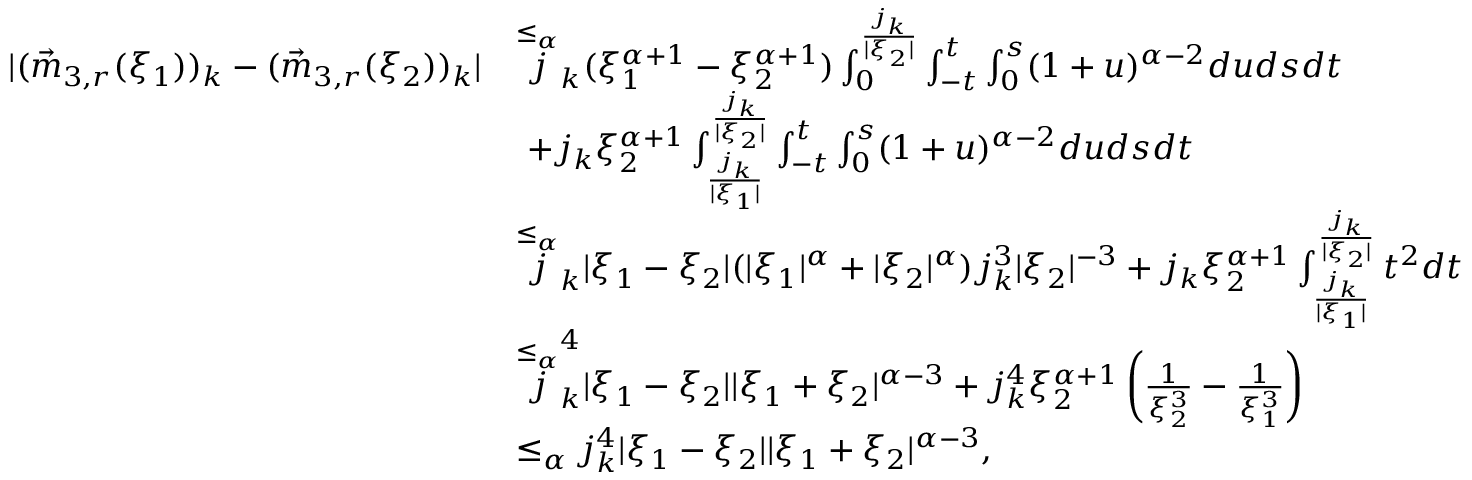
\begin{array} { r l } { | ( \vec { m } _ { 3 , r } ( \xi _ { 1 } ) ) _ { k } - ( \vec { m } _ { 3 , r } ( \xi _ { 2 } ) ) _ { k } | } & { \overset { \le _ { \alpha } } j _ { k } ( \xi _ { 1 } ^ { \alpha + 1 } - \xi _ { 2 } ^ { \alpha + 1 } ) \int _ { 0 } ^ { \frac { j _ { k } } { | \xi _ { 2 } | } } \int _ { - t } ^ { t } \int _ { 0 } ^ { s } ( 1 + u ) ^ { \alpha - 2 } d u d s d t } \\ & { \ + j _ { k } \xi _ { 2 } ^ { \alpha + 1 } \int _ { \frac { j _ { k } } { | \xi _ { 1 } | } } ^ { \frac { j _ { k } } { | \xi _ { 2 } | } } \int _ { - t } ^ { t } \int _ { 0 } ^ { s } ( 1 + u ) ^ { \alpha - 2 } d u d s d t } \\ & { \overset { \le _ { \alpha } } j _ { k } | \xi _ { 1 } - \xi _ { 2 } | ( | \xi _ { 1 } | ^ { \alpha } + | \xi _ { 2 } | ^ { \alpha } ) j _ { k } ^ { 3 } | \xi _ { 2 } | ^ { - 3 } + j _ { k } \xi _ { 2 } ^ { \alpha + 1 } \int _ { \frac { j _ { k } } { | \xi _ { 1 } | } } ^ { \frac { j _ { k } } { | \xi _ { 2 } | } } t ^ { 2 } d t } \\ & { \overset { \le _ { \alpha } } j _ { k } ^ { 4 } | \xi _ { 1 } - \xi _ { 2 } | | \xi _ { 1 } + \xi _ { 2 } | ^ { \alpha - 3 } + j _ { k } ^ { 4 } \xi _ { 2 } ^ { \alpha + 1 } \left( \frac { 1 } { \xi _ { 2 } ^ { 3 } } - \frac { 1 } { \xi _ { 1 } ^ { 3 } } \right) } \\ & { \le _ { \alpha } j _ { k } ^ { 4 } | \xi _ { 1 } - \xi _ { 2 } | | \xi _ { 1 } + \xi _ { 2 } | ^ { \alpha - 3 } , } \end{array}